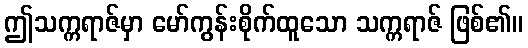
ဤသက္ကရာဇ်မှာ မော်ကွန်းစိုက်ထူသော သက္ကရာဇ် ဖြစ်၏။